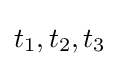
t_{1},t_{2},t_{3}